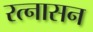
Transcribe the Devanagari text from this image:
रत्नासन